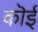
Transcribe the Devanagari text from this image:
कॊई